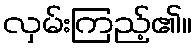
လှမ်းကြည့်၏။